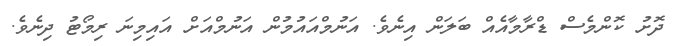
ދޮށު ކޮންމެސް ޑްރާމާއެއް ބަލަން އިނެވެ. އަނުމްއައުމުން އަނުމްއަށް އައިމިނަ ރިމޯޓު ދިނެވެ.